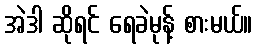
အဲဒါ ဆိုရင် ရေခဲမုန့် စားမယ်။